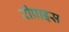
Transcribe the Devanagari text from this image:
रीप्राइस